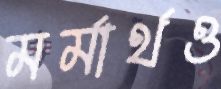
মর্মার্থও